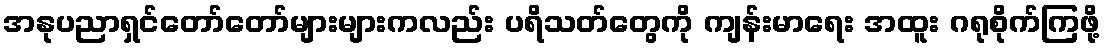
အနုပညာရှင်တော်တော်များများကလည်း ပရိသတ်တွေကို ကျန်းမာရေး အထူး ဂရုစိုက်ကြဖို့